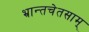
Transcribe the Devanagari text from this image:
भ्रान्तचेतसाम्